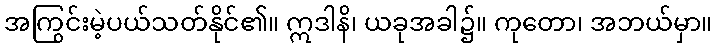
အကြွင်းမဲ့ပယ်သတ်နိုင်၏။ ဣဒါနိ၊ ယခုအခါ၌။ ကုတော၊ အဘယ်မှာ။